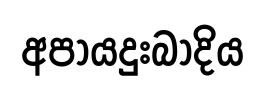
අපායදුඃබාදිය